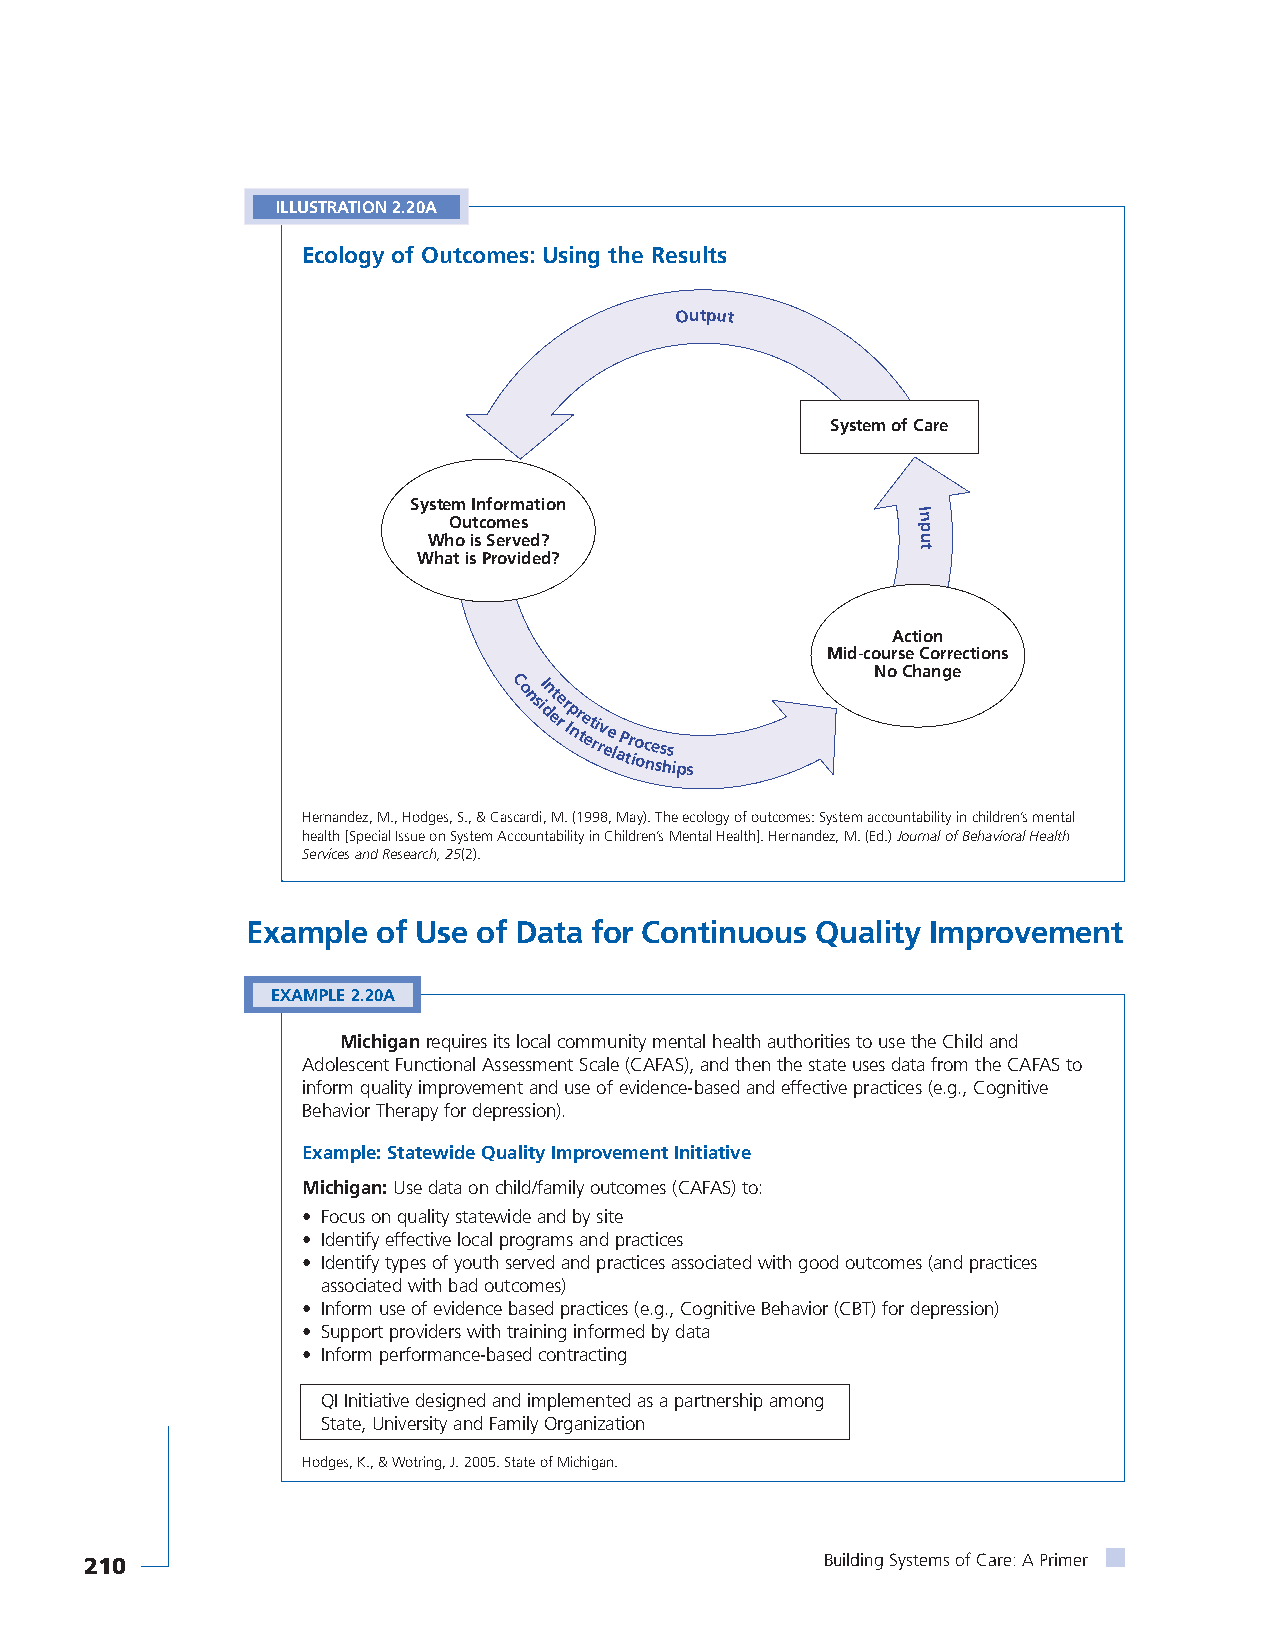
ILLUSTRATION 2.20A
 Ecology of Outcomes: Using the Results
 Syste Om
 u
 tIn cofo mrm esation
 Output
 S y s t e m o f C Inare
 p
 Who is Served?                   u
 t
 What is Provided?
 Action
 Mid-course Corrections
 No Change
 C I
 o nsi dn ete
 r r Ip nr te et ri rv ee l aP tr io oc ne ss hs
 ips
 Hernandez, M., Hodges, S., & Cascardi, M. (1998, May). The ecology of outcomes: System accountability in children’s mental
 health [Special Issue on System Accountability in Children’s Mental Health]. Hernandez, M. (Ed.) Journal of Behavioral Health
 Services and Research, 25(2).
 Example  of Use of Data for Continuous Quality Improvement
 EXAMPLE 2.20A
 Michiganrequires its local community mental health authorities to use the Child and
 Adolescent Functional Assessment Scale (CAFAS), and then the state uses data from the CAFAS to
 inform quality improvement and use of evidence-based and effective practices (e.g., Cognitive
 Behavior Therapy for depression).
 Example: Statewide Quality Improvement Initiative
 Michigan:Use data on child/family outcomes (CAFAS) to:
 • Focus on quality statewide and by site
 • Identify effective local programs and practices
 • Identify types of youth served and practices associated with good outcomes (and practices
 associated with bad outcomes)
 • Inform use of evidence based practices (e.g., Cognitive Behavior (CBT) for depression)
 • Support providers with training informed by data
 • Inform performance-based contracting
 QI Initiative designed and implemented as a partnership among
 State, University and Family Organization
 Hodges, K., & Wotring, J. 2005. State of Michigan.
 210                                              Building Systems of Care: A Primer